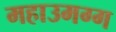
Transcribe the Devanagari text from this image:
महाउमग्ग